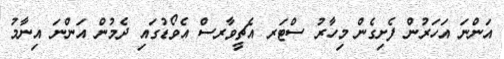
އަންނަ އަހަރުން ފެށިގެން މިހާރު ސްޓަރ އެޗީވާރސް އެވޯޑުގައި ދެމުން އަންނަ އިނާމު